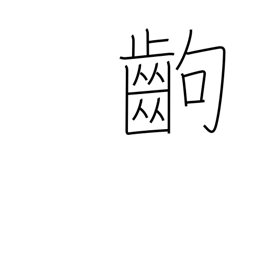
Meaning: a paragraph